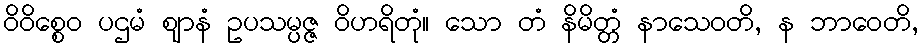
ဝိဝိစ္စေဝ ပဌမံ ဈာနံ ဥပသမ္ပဇ္ဇ ဝိဟရိတုံ။ သော တံ နိမိတ္တံ နာသေဝတိ, န ဘာဝေတိ,